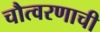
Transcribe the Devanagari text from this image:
चौत्वरणाची